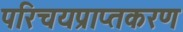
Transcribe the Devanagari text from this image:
परिचयप्राप्तकरण